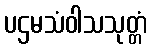
ပဌမသံဝါသသုတ္တံ